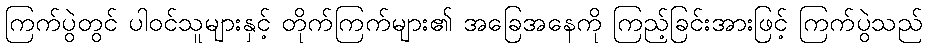
ကြက်ပွဲတွင် ပါဝင်သူများနှင့် တိုက်ကြက်များ၏ အခြေအနေကို ကြည့်ခြင်းအားဖြင့် ကြက်ပွဲသည်